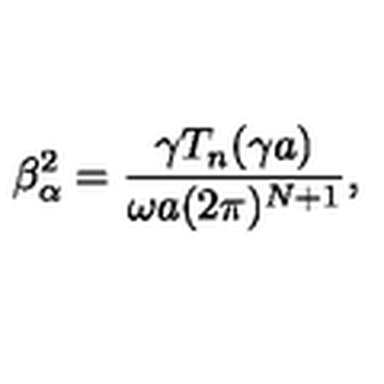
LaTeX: \beta _ { \alpha } ^ { 2 } = \frac { \gamma T _ { n } ( \gamma a ) } { \omega a ( 2 \pi ) ^ { N + 1 } } ,